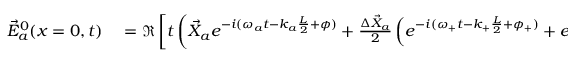
\begin{array} { r l } { \vec { E } _ { a } ^ { 0 } ( x = 0 , t ) } & { { } = \Re \left[ t \left( \vec { X } _ { a } e ^ { - i ( \omega _ { a } t - k _ { a } \frac { L } { 2 } + \phi ) } + \frac { \Delta \vec { X } _ { a } } { 2 } \left( e ^ { - i ( \omega _ { + } t - k _ { + } \frac { L } { 2 } + \phi _ { + } ) } + e ^ { - i ( \omega _ { - } t - k _ { - } \frac { L } { 2 } + \phi _ { - } ) } \right) \right) \right] \, , } \end{array}